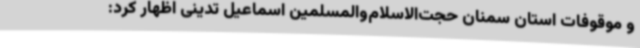
و موقوفات استان سمنان حجت‌الاسلام‌والمسلمین اسماعیل تدینی اظهار کرد: